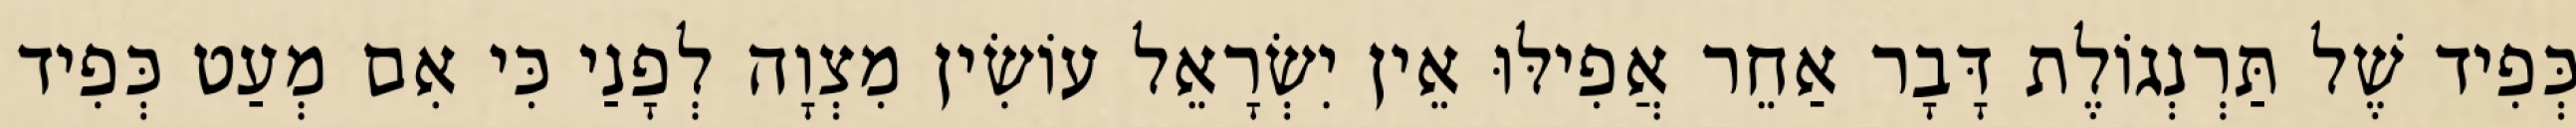
כְּפִיד שֶׁל תַּרְנְגוֹלֶת דָּבָר אַחֵר אֲפִילּוּ אֵין יִשְׂרָאֵל עוֹשִׂין מִצְוָה לְפָנַי כִּי אִם מְעַט כְּפִיד